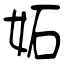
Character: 妬